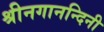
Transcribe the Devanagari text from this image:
श्रीनगानन्दिनी